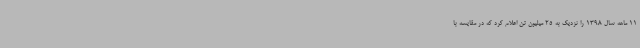
11 ماهه سال 1398 را نزدیک به 25 میلیون تن اعلام کرد که در مقایسه با